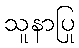
သူနာပြု